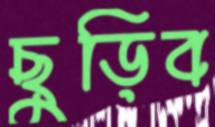
ছুড়িব